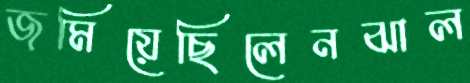
জমিয়েছিলেনঝাল